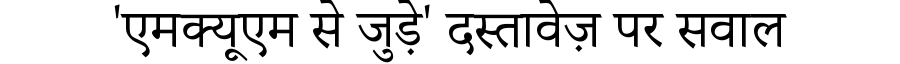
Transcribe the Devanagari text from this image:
'एमक्यूएम से जुड़े' दस्तावेज़ पर सवाल